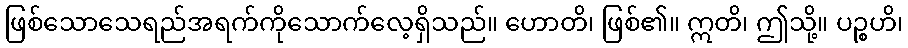
ဖြစ်သောသေရည်အရက်ကိုသောက်လေ့ရှိသည်။ ဟောတိ၊ ဖြစ်၏။ ဣတိ၊ ဤသို့။ ပဉ္စဟိ၊